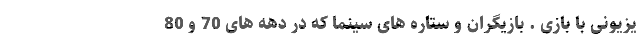
یزیونی با بازی . بازیگران و ستاره های سینما که در دهه های 70 و 80